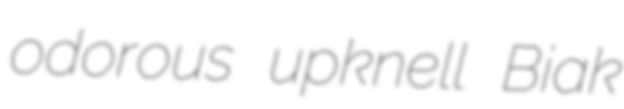
odorous upknell Biak